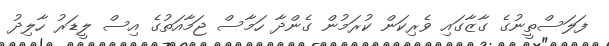
ފަލަސްތީނުގެ ގާޒާގައި ވެރިކަން ކުރަމުން ގެންދާ ހަމާސް ޖަމާއަތުގެ އިސް ލީޑަރު ހާލިދު